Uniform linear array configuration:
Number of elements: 32
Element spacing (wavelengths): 0.75
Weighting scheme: exponential
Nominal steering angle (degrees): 15
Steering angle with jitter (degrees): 14.747
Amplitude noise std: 0.05
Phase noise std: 0.05

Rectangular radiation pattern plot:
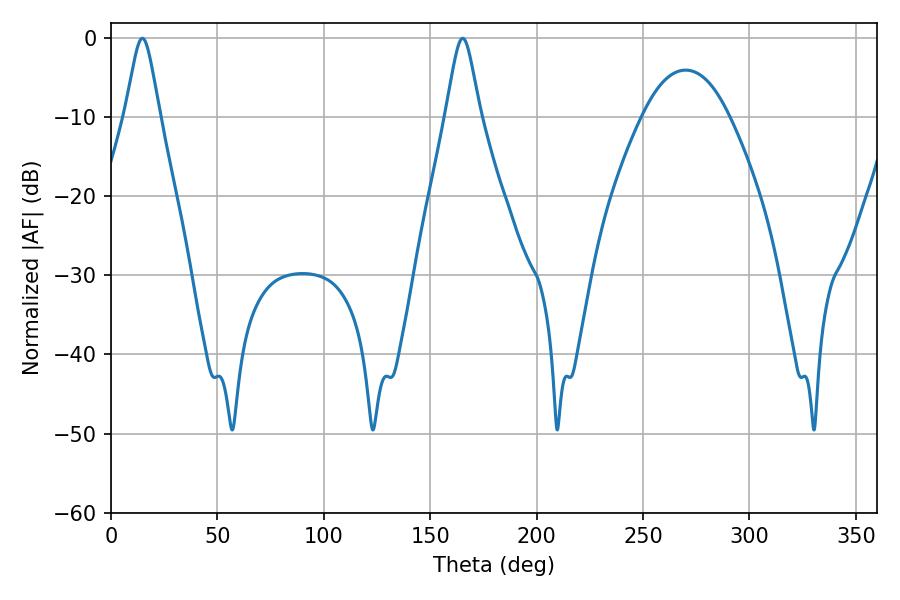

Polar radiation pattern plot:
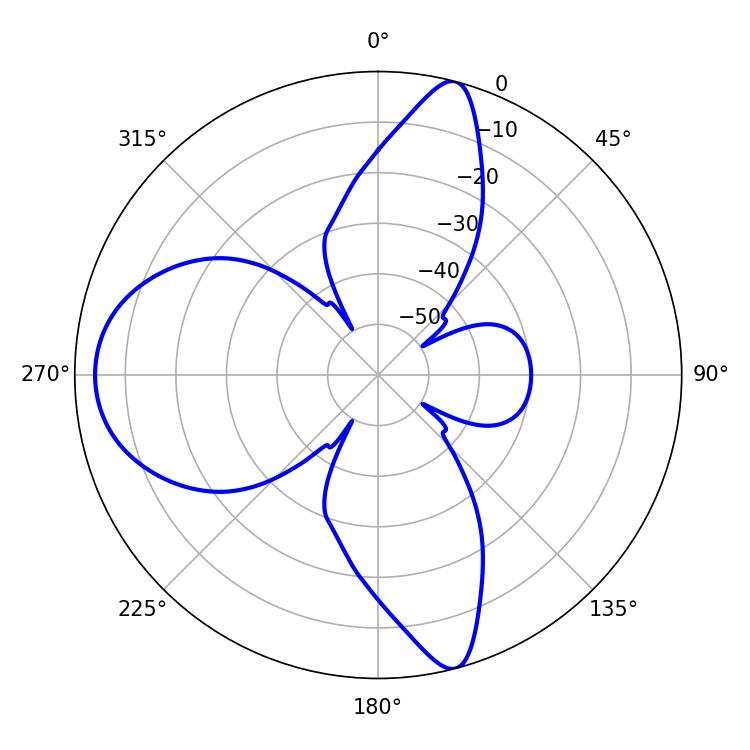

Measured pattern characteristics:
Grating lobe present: TRUE
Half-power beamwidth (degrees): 7.92
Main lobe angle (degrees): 14.76